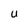
Character: U